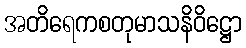
အတိရေကစတုမာသနိဝိဋ္ဌော